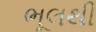
ભૂલથી